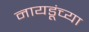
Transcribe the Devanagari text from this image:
नायडूंच्या